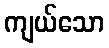
ကျယ်သော